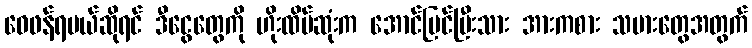
ဝေဖန်ရမယ်ဆိုရင် ဒီငွေတွေကို ဟိုးထိပ်ဆုံးက အောင်မြင်ပြီးသား အားကစား သမားတွေအတွက်